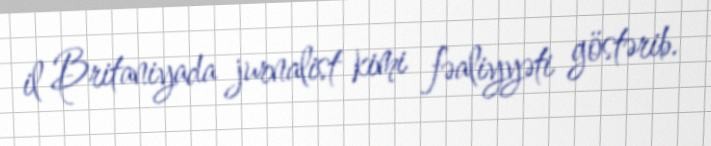
il Britaniyada jurnalist kimi fəaliyyəti göstərib.